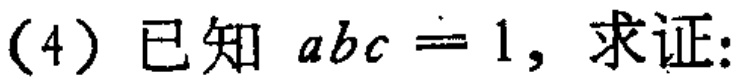
(4) 已知 \(abc = 1\)，求证: